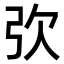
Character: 弞